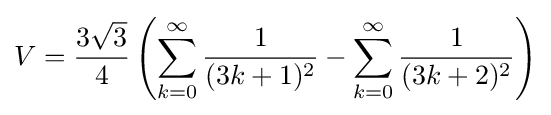
V={\frac {3{\sqrt {3}}}{4}}\left(\sum _{k=0}^{\infty }{\frac {1}{(3k+1)^{2}}}-\sum _{k=0}^{\infty }{\frac {1}{(3k+2)^{2}}}\right)